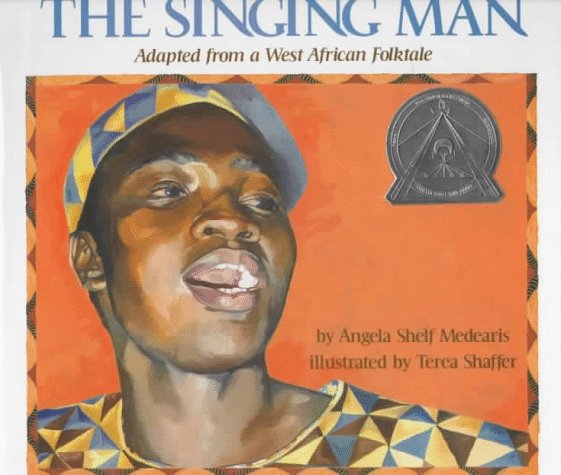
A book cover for The Singing Man: Adapted from a West African Folktale; Angela Shelf Medearis; Children's Books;